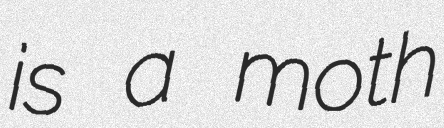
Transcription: is a moth